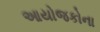
આયોજકોના